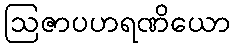
ဩဇာပဟရဏိယော